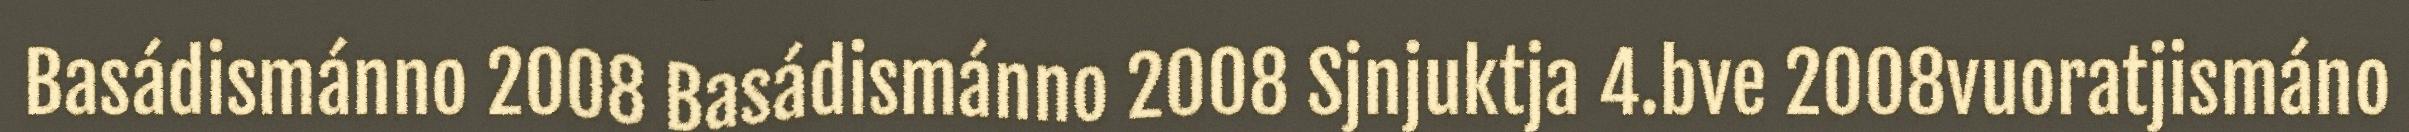
Basádismánno 2008 Basádismánno 2008 Sjnjuktja 4.bve 2008vuoratjismáno